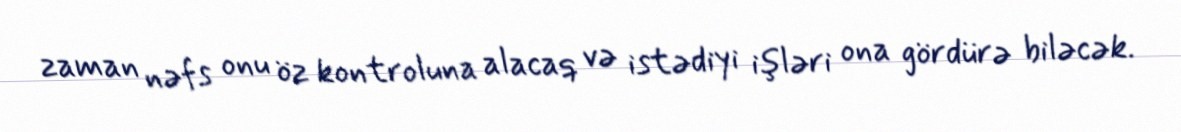
zaman nəfs onu öz kontroluna alacaq və istədiyi işləri ona gördürə biləcək.